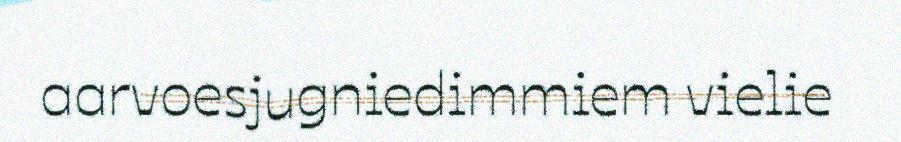
aarvoesjugniedimmiem vielie